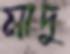
মাদু